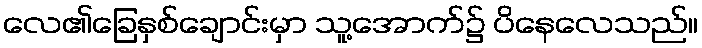
လေ၏ခြေနှစ်ချောင်းမှာ သူ့အောက်၌ ပိနေလေသည်။